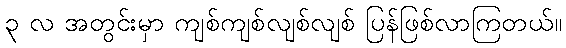
၃ လ အတွင်းမှာ ကျစ်ကျစ်လျစ်လျစ် ပြန်ဖြစ်လာကြတယ်။